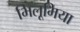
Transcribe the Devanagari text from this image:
भिलूमिया